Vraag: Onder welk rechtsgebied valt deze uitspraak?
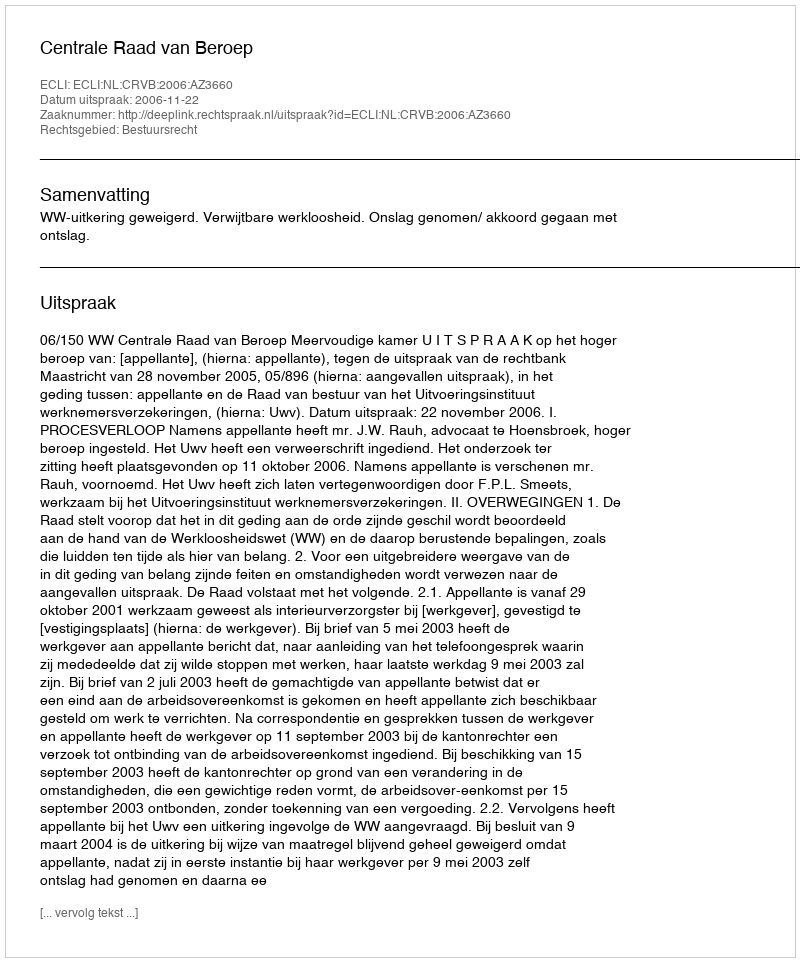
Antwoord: Bestuursrecht